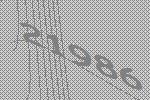
21986